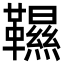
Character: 韅